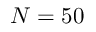
N = 5 0